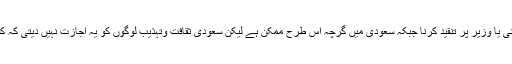
دوسرى لائن : بطور وضاحت کے میں کہہ سکتا ہوں کہ امریکہ میں ممکن ہے کسى شخص ، کمپنى یا وزیر پر تنقید کرنا جبکہ سعودى میں گرچہ اس طرح ممکن ہے لیکن سعودى ثقافت وتہذیب لوگوں کو یہ اجازت نہیں دیتى کہ کسى کى شخصیت کو مجروح کریں، بلکہ ان کا ایمان ہے کہ شخصى امور سے دورى بنا کے رہیں۔